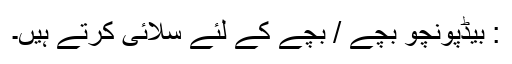
: بیڈپونچو بچے / بچے کے لئے سلائی کرتے ہیں۔